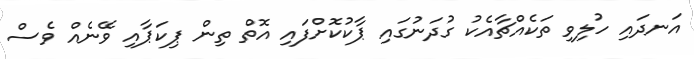
އަނދައި ހުލިވި ތަކެއްޗާއެކު ގުދަނުގައި ޕާކުކޮށްފައި އޮތް ތިން ޕިކަޕާއި ވޭނެއް ވެސް